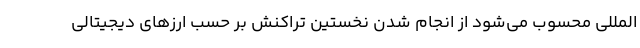
المللی محسوب می‌شود از انجام شدن نخستین تراکنش بر حسب ارز‌های دیجیتالی